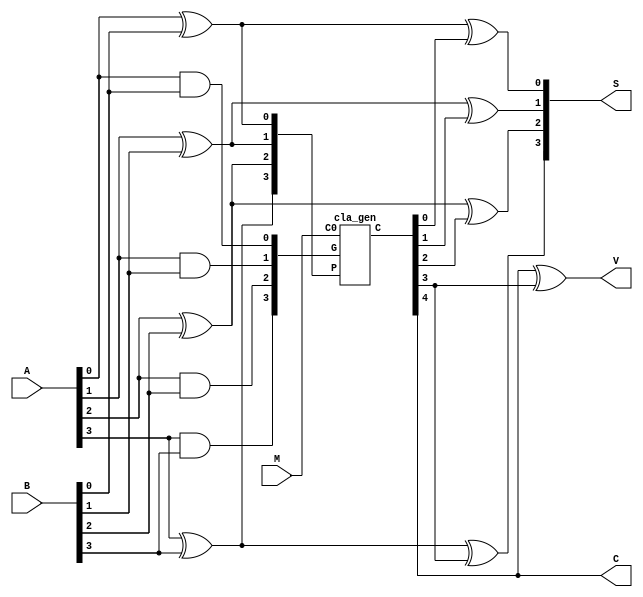
module addsub_cla(A,B,S,C,M,V);
    parameter W = 4;
    input [W-1:0] A,B;
    output [W-1:0] S;
    output C;
    input M;
    output V;

    wire [W-1:0] p, g;
    wire [W-1:0] S;
    wire [W:0] c;

    genvar i;
    generate
        for(i=0;i<W;i=i+1)
        begin
            assign g[i] = A[i] & B[i];
            assign p[i] = A[i] ^ B[i];
        end
    endgenerate

    cla_gen CLAGEN( .P(p), .G(g), .C0(M), .C(c));

    for(i=0;i<W;i=i+1)
    begin
        assign S[i] = p[i] ^ c[i];
    end

    assign C = c[W];
    assign V = c[W] ^ c[W-1];

endmodule

module cla_gen(P,G,C0,C);
    parameter W = 4;
    input [W-1:0] P, G;
    input C0;
    output [W:0] C;

    wire [W:0] C;
    genvar i;

    assign C[0] = C0;
    generate
        for(i=0;i<W;i=i+1)
        begin
            assign C[i+1] = G[i] | ( P[i] & C[i] );
        end
    endgenerate

endmodule